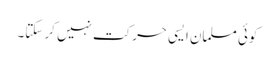
کوئی مسلمان ایسی حرکت نہیں کر سکتا۔